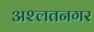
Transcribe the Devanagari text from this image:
अश्लतनगर